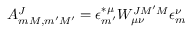
A _ { m M , m ^ { \prime } M ^ { \prime } } ^ { J } = \epsilon _ { m ^ { \prime } } ^ { \ast \mu } W _ { \mu \nu } ^ { J M ^ { \prime } M } \epsilon _ { m } ^ { \nu }